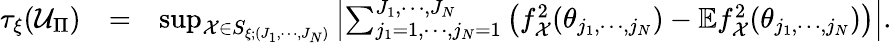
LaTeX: \begin{array}{rlr}{\tau_{\xi}(\mathcal{U}_{\Pi})}&{=}&{\operatorname*{sup}_{\mathcal{X}\in S_{\xi;(J_{1},\cdots,J_{N})}}\left\vert\sum_{j_{1}=1,\cdots,j_{N}=1}^{J_{1},\cdots,J_{N}}\left(f_{\mathcal{X}}^{2}(\theta_{j_{1},\cdots,j_{N}})-\mathbb{E}f_{\mathcal{X}}^{2}(\theta_{j_{1},\cdots,j_{N}})\right)\right\vert.}\end{array}